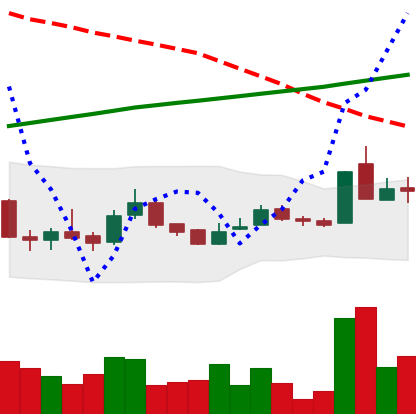
Ticker: LTC-USD
Chart end date: 2015-10-01
Forward return: 4.797%
Label: up_3_5